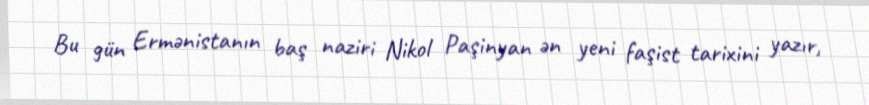
Bu gün Ermənistanın baş naziri Nikol Paşinyan ən yeni faşist tarixini yazır,